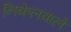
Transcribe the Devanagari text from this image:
निकेलवाले